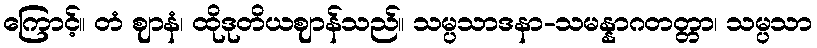
ကြောင့်။ တံ ဈာနံ၊ ထိုဒုတိယဈာန်သည်။ သမ္ပသာဒနာ-သမန္နာဂတတ္တာ၊ သမ္ပသာ